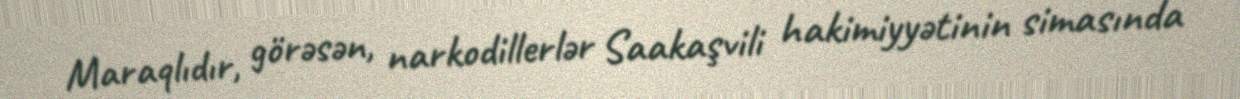
Maraqlıdır, görəsən, narkodillerlər Saakaşvili hakimiyyətinin simasında